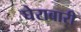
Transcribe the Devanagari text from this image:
घेराबारी